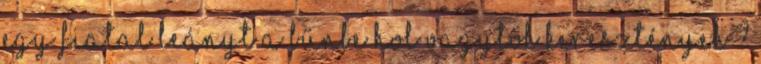
egy fiatal leányt a bűnbe HOL VAGYTOK KERESZTÉNYEK ?